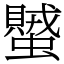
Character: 蠈